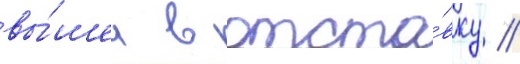
вы́шел в отста́вку //